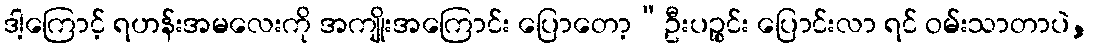
ဒါ့ကြောင့် ရဟန်းအမလေးကို အကျိုးအကြောင်း ပြောတော့“ဦးပဉ္စင်း ပြောင်းလာ ရင် ဝမ်းသာတာပဲ,